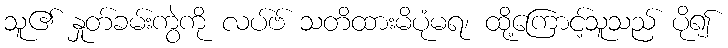
သူ၏ နှုတ်ခမ်းကွဲကို လပ်ဗ် သတိထားမိပုံမရ၊ ထို့ကြောင့်သူသည် ပို၍